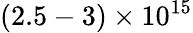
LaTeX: (2.5-3)\times 10^{15}